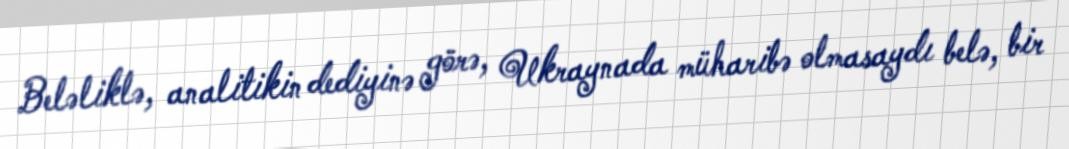
Beləliklə, analitikin dediyinə görə, Ukraynada müharibə olmasaydı belə, bir